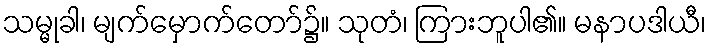
သမ္မုခါ၊ မျက်မှောက်တော်၌။ သုတံ၊ ကြားဘူပါ၏။ မနာပဒါယီ၊